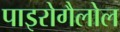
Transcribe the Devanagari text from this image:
पाइरोगैलोल